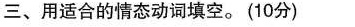
三、用适合的情态动词填空。(10分)